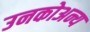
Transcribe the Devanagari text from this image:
उनकोअन्य